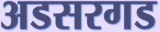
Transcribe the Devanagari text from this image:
अडसरगड